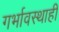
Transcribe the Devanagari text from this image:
गर्भावस्थाही